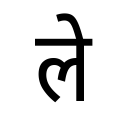
OCR:
ले